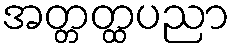
အတ္တတ္ထပညာ